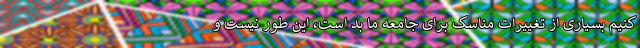
کنیم بسیاری از تغییرات مناسک برای جامعه ما بد است، این طور نیست و